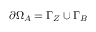
\partial \Omega _ { A } = \Gamma _ { Z } \cup \Gamma _ { B }